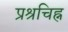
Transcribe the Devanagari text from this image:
प्रश्रचिह्न